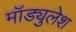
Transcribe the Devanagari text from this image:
मॉड्युलेश